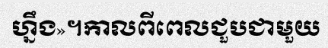
ហ្នឹង»។កាលពីពេលជួបជាមួយ